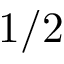
1 / 2